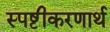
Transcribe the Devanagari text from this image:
स्पष्टीकरणार्थ